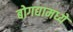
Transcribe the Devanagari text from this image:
बोगद्यामध्ये